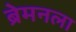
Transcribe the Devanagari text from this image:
ब्रेमनला